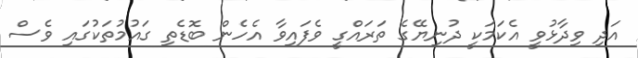
އަދި ވިދާޅުވީ އެކަމަކީ ދުނިޔޭގެ ތަރައްގީ ވެފައިވާ އެހެން ބޮޑެތި ގައުމުތަކުގައި ވެސް